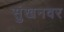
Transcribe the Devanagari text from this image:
सुंखनवर